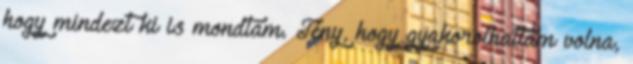
hogy mindezt ki is mondtam. Tény, hogy gyakorolhattam volna,